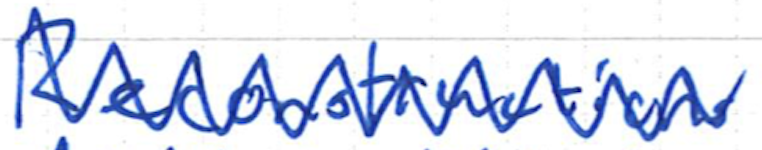
Text: Reconstructions
Cross-out: zig-zag
Writing tool: ballpoint